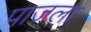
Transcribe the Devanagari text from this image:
पाजला